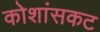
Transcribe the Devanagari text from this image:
कोशांसकट